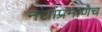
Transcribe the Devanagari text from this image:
नद्यांप्रमाणेच